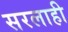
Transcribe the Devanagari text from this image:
सरलाही